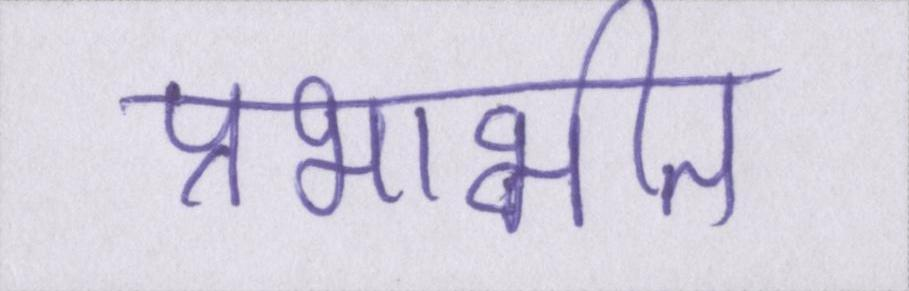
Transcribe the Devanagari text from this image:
प्रभाभीत